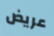
عريض